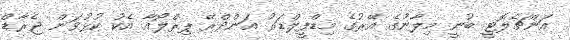
އަންޗެލޮޓީ ބުނީ މިލާނުގެ އޭރުގެ މިޑްފީލްޑަރު އަންދްރޭ ޕިރްލޯއާ އެކު ކުޅުވަން ޖެރާޑް